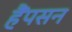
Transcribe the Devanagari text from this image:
हैंपसन